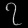
Digit: ၇